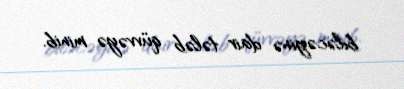
biləcəyinə dair tələb qüvvəyə minib.